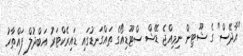
"އާދޭސް" ގެ ޝޫޓިން ނިމިއްޖެ ޑޭޝް ސްޓޫޑިއޯގެ ތައްގަނޑުގައި ޑައިރެކްޓަރު އަބްދުލް ފައްތާހު